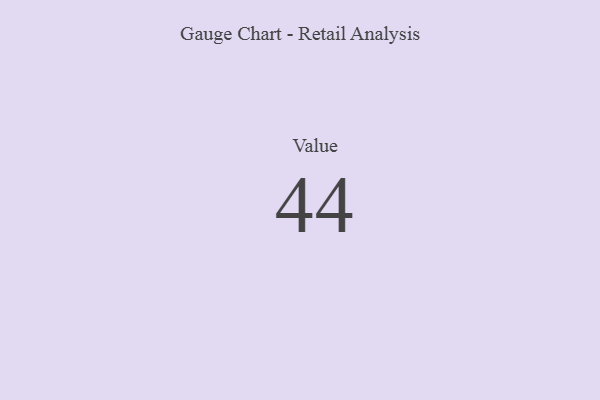
{"axis": {"x": "Metric", "y": "Value"}, "legend": [""], "data": [{"x": "Value", "y": 44, "type": ""}]}